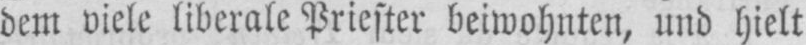
dem viele liberale Priester beiwohnten, und hielt